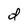
Character: d